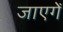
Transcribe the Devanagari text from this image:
जाएगेँ